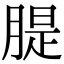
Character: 䐎